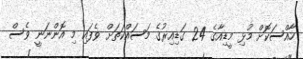
ހާއްސަކޮށް މުޅި މީޑިއާގެ 24 ގަޑިއިރުގެ މަސައްކަތަށް ވެފައި މި އޮންނަނީ ވެސް